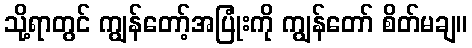
သို့ရာတွင် ကျွန်တော့်အပြုံးကို ကျွန်တော် စိတ်မချ။